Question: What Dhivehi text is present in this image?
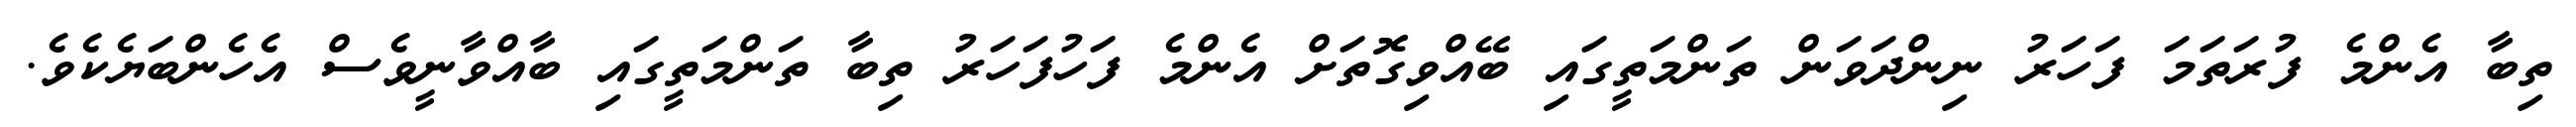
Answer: ތިބާ އެންމެ ފުރަތަމަ ފަހަރު ނިންދަވަން ތަންމަތީގައި ބޭއްވިގޮތަށް އެންމެ ފަހުފަހަރު ތިބާ ތަންމަތީގައި ބާއްވާނީވެސް އެހެންބަޔެކެވެ.